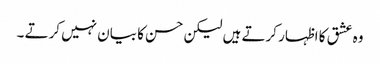
وہ عشق کا اظہار کرتے ہیں لیکن حسن کا بیان نہیں کرتے ۔